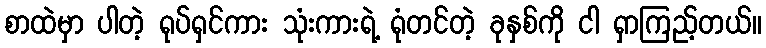
စာထဲမှာ ပါတဲ့ ရုပ်ရှင်ကား သုံးကားရဲ့ ရုံတင်တဲ့ ခုနှစ်ကို ငါ ရှာကြည့်တယ်။